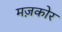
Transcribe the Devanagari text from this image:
मज़कोर